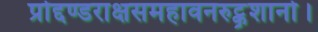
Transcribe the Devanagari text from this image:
प्रोद्दण्डराक्षसमहावनरुट्कृशानो।